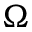
\Omega